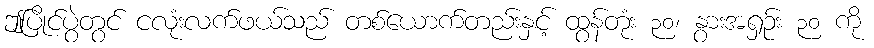
ဤပြိုင်ပွဲတွင် ငလုံးလက်ဖယ်သည် တစ်ယောက်တည်းနှင့် ထွန်တုံး ၃၀၊ နွားအရှဉ်း ၃၀ ကို